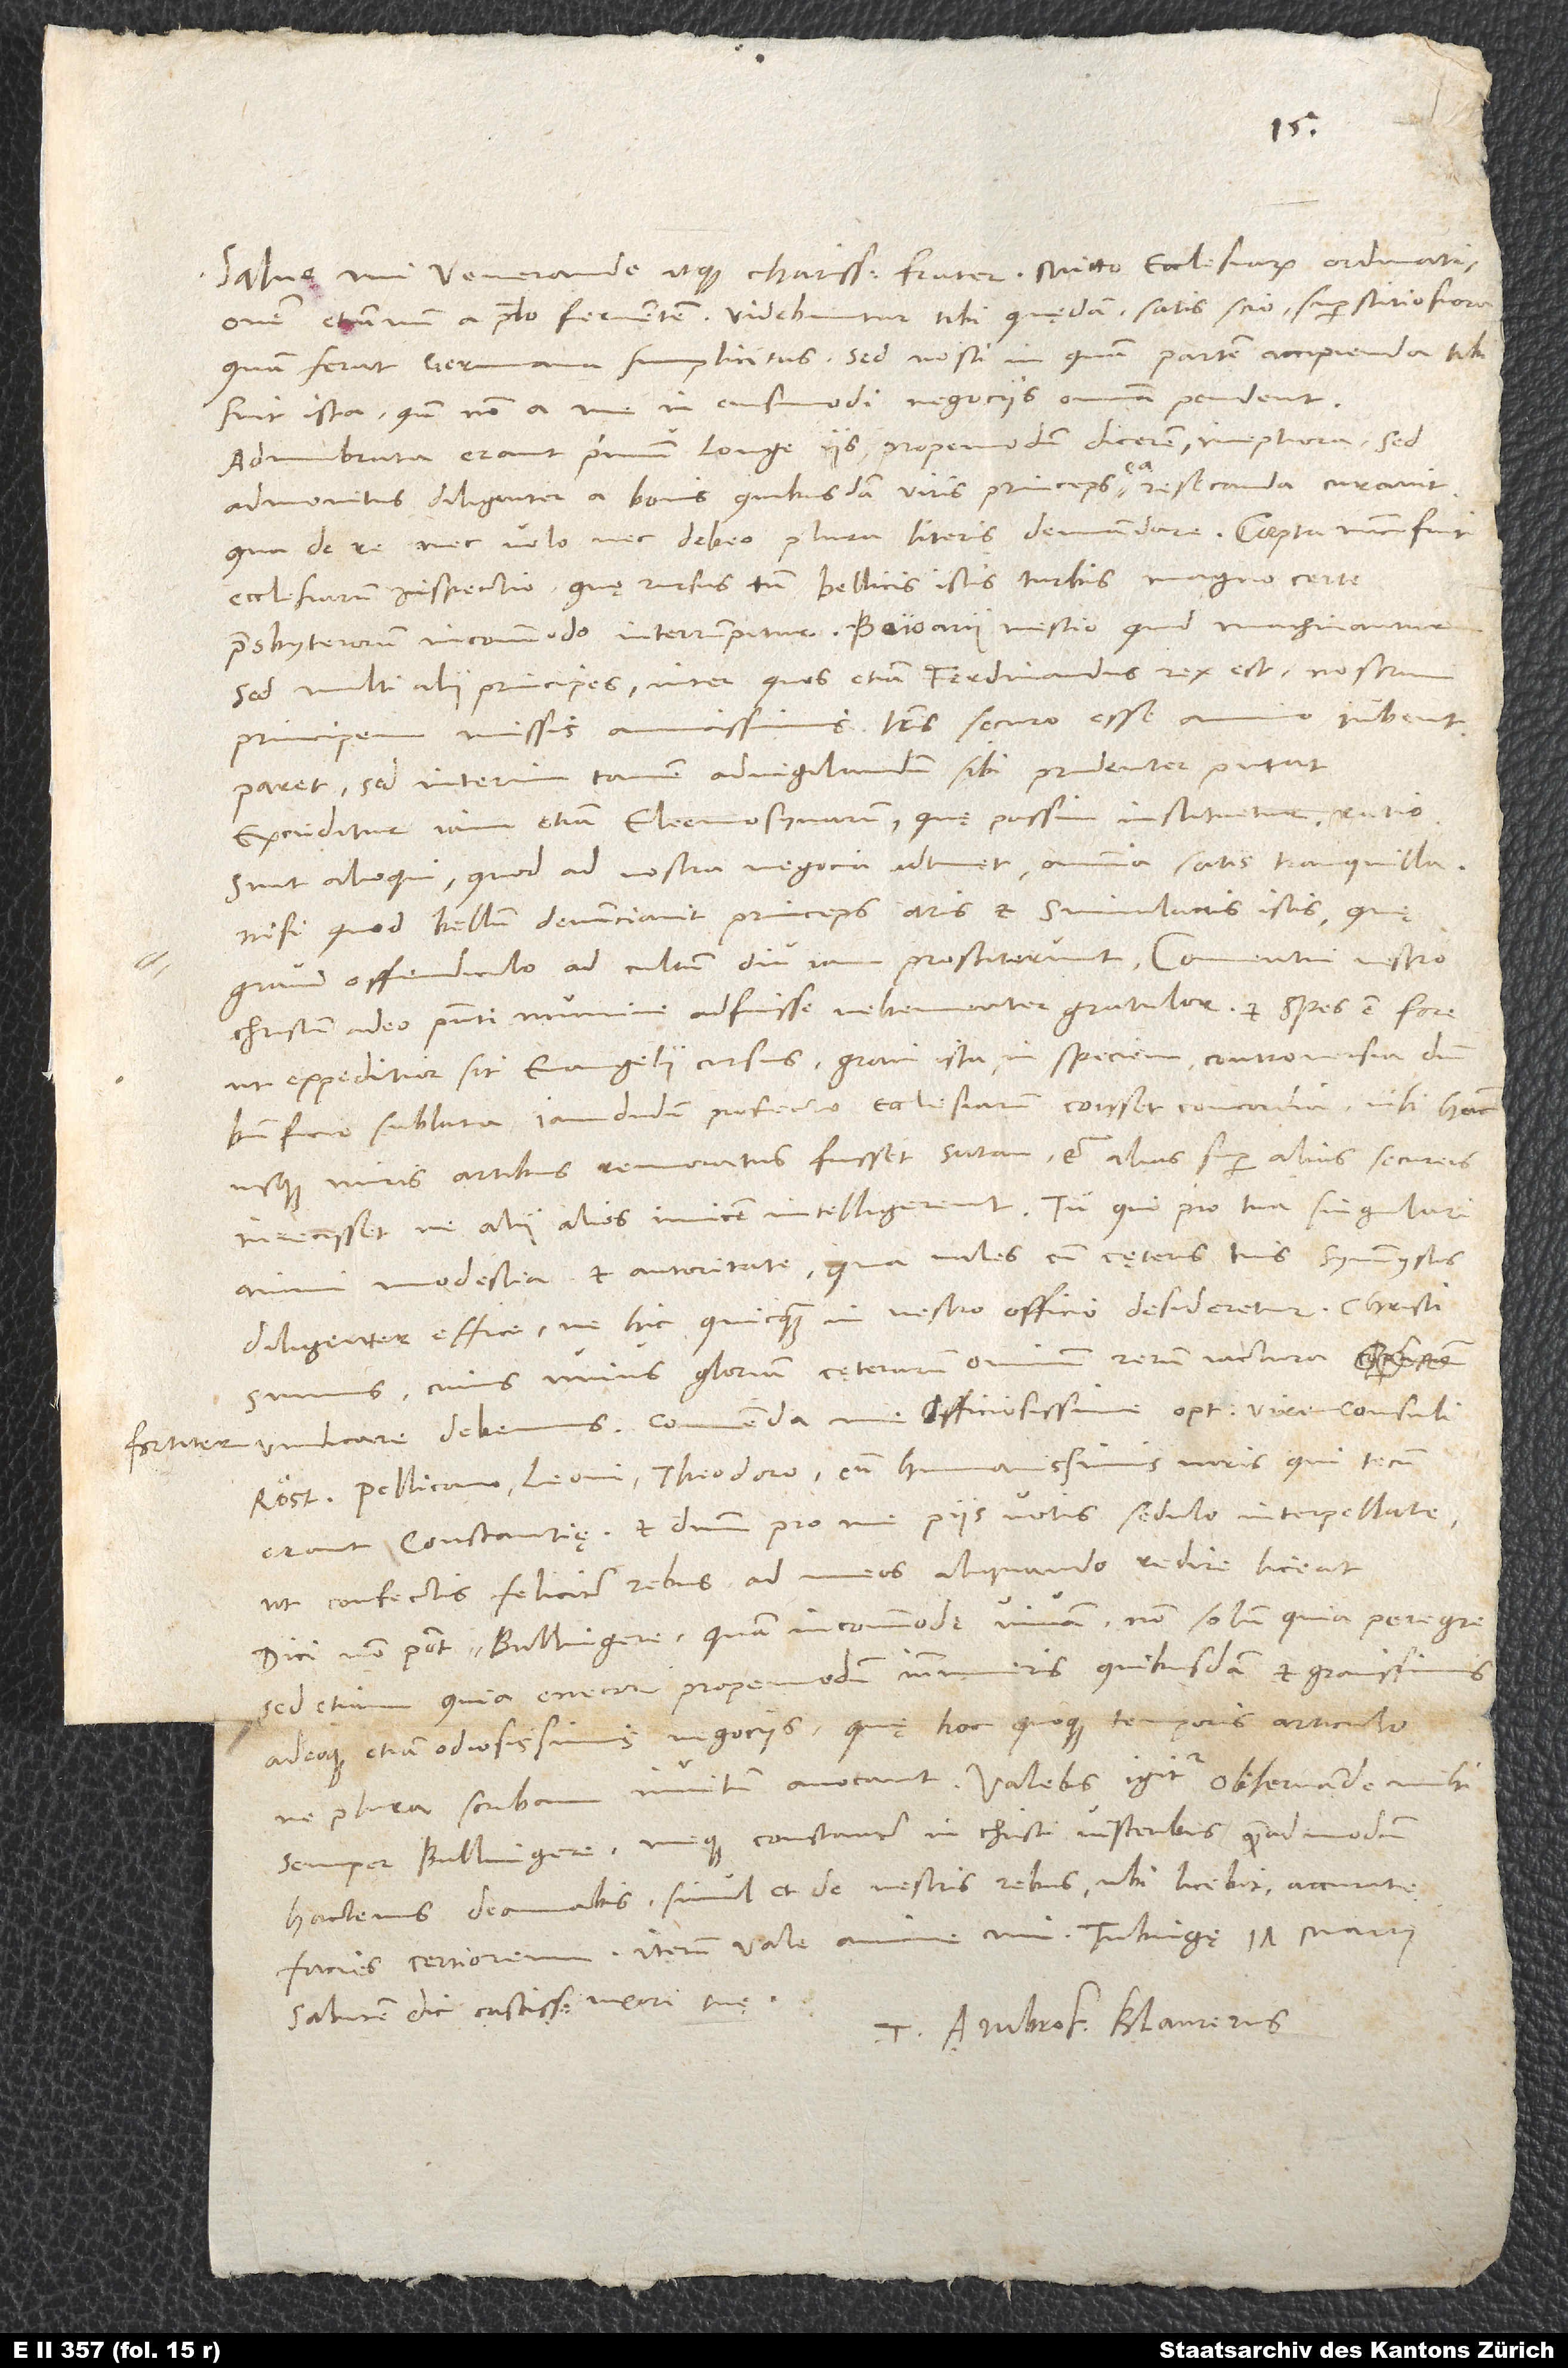
fortiter

etiamnum a prelo ferventem. Videbuntur tibi quędam, satis scio, superstitiosiora,
quam ferat germana simplicitas. Sed nosti, in quam partem accipienda tibi
sint ista, quando non a me in eiusmodi negociis omnia pendent.
Adumbrata erant primum longe iis, propemodum dicerem, ineptiora; sed
admonitus diligenter a bonis quibusdam viris princeps ea resecanda curavit;
qua de re nec volo nec debeo plura literis demandare.
ecclesiarum inspectio, quę rursus tamen bellicis istis turbis magno certe
presbyterorum incommodo interrumpitur. Baioarii nescio quid machinantur;
sed multi alii principes, inter quos etiam Ferdinandus rex est, nostrum
principem missis amantissimis literis securo esse omnino iubent.
Paret, sed interim tamen advigilandum sibi prudenter putat.
Excuditur iam etiam eleemosynarum, quę passim instituetur, ratio.
Sunt alioqui, quod ad nostra negocia adtinet, omnia satis tranquilla,
nisi quod bellum denunciavit princeps aris et simulacris istis, quę
Christum adeo praesenti numine adfuisse vehementer gratulor, et spes est fore,
ut expeditior sit evangelii cursus gravi ista in speciem controversia domini
beneficio sublata. Iamdudum profecto ecclesiarum coisset concordia, nisi hanc
usque miris artibus remoratus fuisset satan et alias super alias secureis
iniecisset, ne alii alios invicem intelligerent. Tu, qui pro tua singulari
animi modestia et autoritate, qua vales, cum cęteris tuis symmystis
diligenter effice, ne hic quicquam in vestro officio desideretur. Christi
sumus, cuius unius gloriam cęterarum omnium rerum iactura
Röstio, Pellicano, Leoni, Theodoro cum humanissimis viris, qui tecum
erant Constantiae, et dominum pro me piis votis sedulo interpellate,
ut confectis feliciter rebus ad meos aliquando redire liceat.
Dici non potest, Bullingere, quam incommode vivam, non solum quia peregre,
sed etiam quia enecor propemodum innumeris quibusdam et gravissimis
adeoque etiam odiosissimis negociis, quę hoc quoque temporis articulo,
semper Bullingere, meque constanter in Christi visceribus quemadmodum
hactenus deamabis simul et de vestris rebus, ubi licebit, accurate
facies certiorem. Iterum vale, anime mi.
Salutem dic castissimae uxori tuae.
Tuus Ambros Blaurerus.